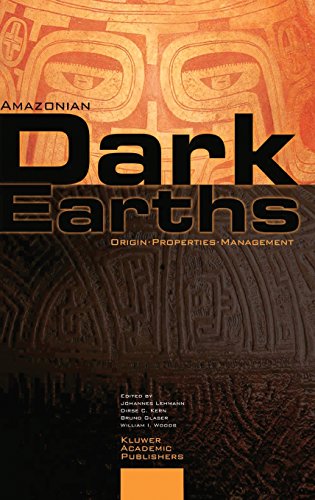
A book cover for Amazonian Dark Earths: Origin Properties Management; Science & Math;